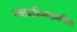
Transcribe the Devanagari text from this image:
रक्तवाहिन्यामधील